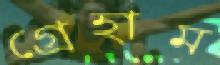
গ্রেহাম